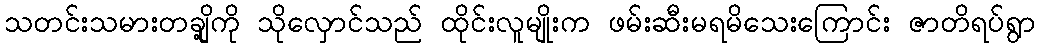
သတင်းသမားတချို့ကို သိုလှောင်သည် ထိုင်းလူမျိုးက ဖမ်းဆီးမရမိသေးကြောင်း ဇာတိရပ်ရွာ